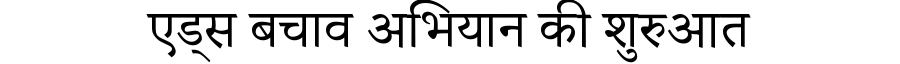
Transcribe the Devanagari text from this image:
एड्स बचाव अभियान की शुरुआत